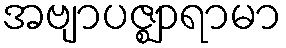
အဗျာပဇ္ဈာရာမာ